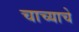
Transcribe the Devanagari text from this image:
चाच्याचे